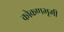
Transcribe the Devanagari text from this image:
कोकणभूमी